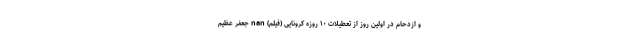
و ازدحام در اولین روز از تعطیلات ۱۰ روزه کرونایی (فیلم) nan جعفر عظیم‌